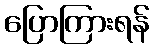
ပြောကြားရန်